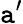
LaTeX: \mathtt{a}^{\prime}